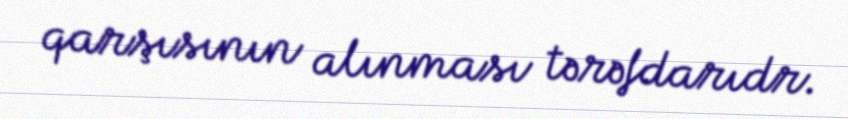
qarşısının alınması tərəfdarıdr.